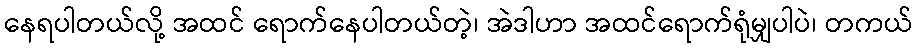
နေရပါတယ်လို့ အထင် ရောက်နေပါတယ်တဲ့၊ အဲဒါဟာ အထင်ရောက်ရုံမျှပါပဲ၊ တကယ်